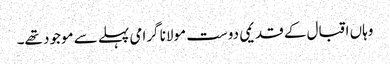
وہاں اقبال کے قدیمی دوست مولانا گرامی پہلے سے موجود تھے۔